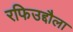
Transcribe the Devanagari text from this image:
रफिउद्दौला